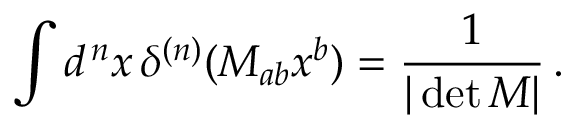
\int d ^ { \, n } x \, \delta ^ { ( n ) } ( M _ { a b } x ^ { b } ) = { \frac { 1 } { | \operatorname* { d e t } M | } } \, .